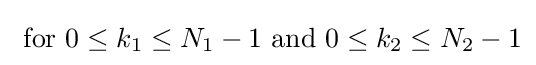
{\text{   for }}0\leq k_{1}\leq N_{1}-1{\text{ and }}0\leq k_{2}\leq N_{2}-1